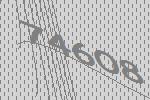
74608